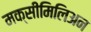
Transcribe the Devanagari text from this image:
मक्सीमिलिअन